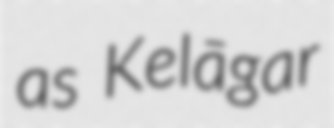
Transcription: as Kelāgar